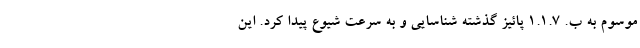
موسوم به ب. ۱.۱.۷ پائیز گذشته شناسایی و به سرعت شیوع پیدا کرد. این